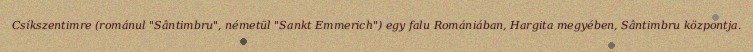
Csíkszentimre (románul "Sântimbru", németül "Sankt Emmerich") egy falu Romániában, Hargita megyében, Sântimbru központja.